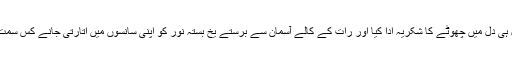
اس نے دل ہی دل میں چھوٹے کا شکریہ ادا کیا اور رات کے کالے آسمان سے برستے یخ بستہ نور کو اپنی سانسوں میں اتارتی جانے کس سمت چل پڑی۔